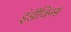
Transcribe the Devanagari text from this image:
इंडीजिनस